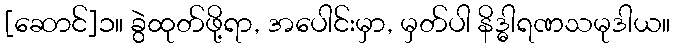
[ဆောင်]၁။ ခွဲထုတ်ဖို့ရာ, အပေါင်းမှာ, မှတ်ပါ နိဒ္ဓါရဏသမုဒါယ။